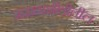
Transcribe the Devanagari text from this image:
मराठाशैलीतील